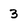
Character: 3